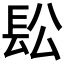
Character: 𨱛